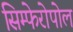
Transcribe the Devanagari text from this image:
सिम्फेरोपोल